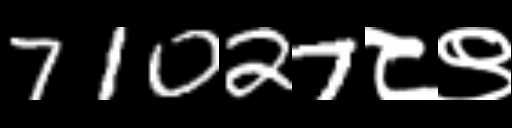
Text: 71027८९